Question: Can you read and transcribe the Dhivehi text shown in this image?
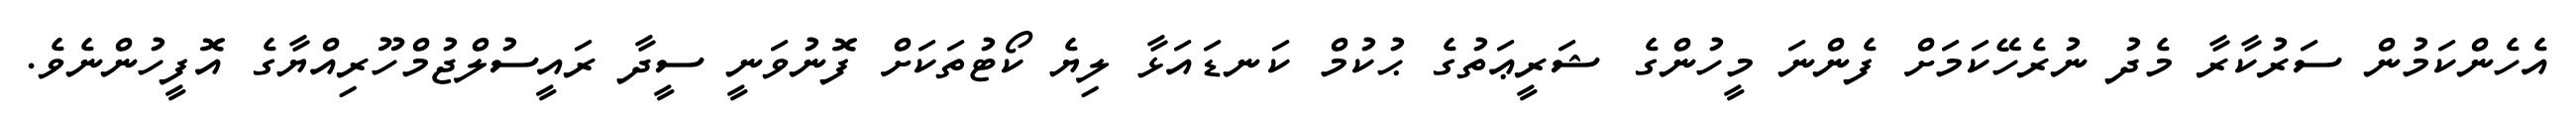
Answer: އެހެންކަމުން ސަރުކާރާ މެދު ނުރެހޭކަމަށް ފެންނަ މީހުންގެ ޝަރީޢަތުގެ ޙުކުމް ކަނޑައަޅާ ލިޔެ ކޯޓުތަކަށް ފޮނުވަނީ ސީދާ ރައީސުލްޖުމްހޫރިއްޔާގެ އޮފީހުންނެވެ.